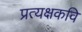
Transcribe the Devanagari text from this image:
प्रत्यक्षकवि